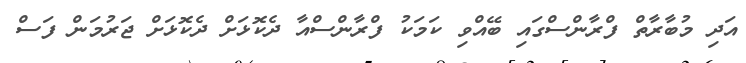
އަދި މުބާރާތް ފްރާންސްގައި ބޭއްވި ކަމަކު ފްރާންސްއާ ދެކޮޅަށް ދެކޮޅަށް ޖަރުމަން ފަސް